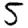
Digit: 5